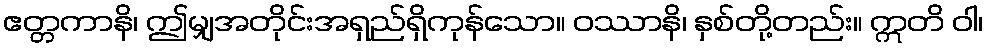
ဧတ္တကာနိ၊ ဤမျှအတိုင်းအရှည်ရှိကုန်သော။ ဝဿာနိ၊ နှစ်တို့တည်း။ ဣတိ ဝါ၊